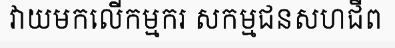
វាយមកលើកម្មករ សកម្មជនសហជីព